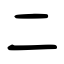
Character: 二